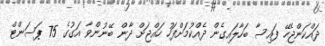
ދައްކަންޖެހޭ ފައިސާ ބަހާލައިގެން ދެއްކުމަށްފަހު ހައްޖަށް ދާން ބޭނުންވާ އަގުގެ 75 ޕަސަންޓް